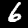
Digit: 6